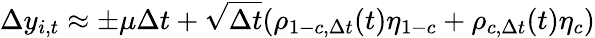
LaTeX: \Delta y_{i,t}\approx\pm\mu\Delta t+\sqrt{\Delta t}(\rho_{1-c,\Delta t}(t)\eta_{1-c}+\rho_{c,\Delta t}(t)\eta_{c})